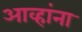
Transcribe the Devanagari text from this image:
आव्हांना